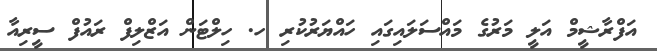
އަފްރާޝީމް އަލީ މަރުގެ މައްސަލައިގައި ހައްޔަރުކުރި ހ. ހިލްޓަން އަޒްލިފް ރައުފް ސީރިއާ